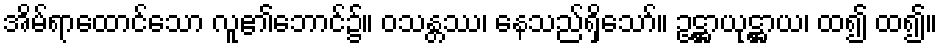
အိမ်ရာထောင်သော လူ၏ဘောင်၌။ ဝသန္တဿ၊ နေသည်ရှိသော်။ ဥဋ္ဌာယုဋ္ဌာယ၊ ထ၍ ထ၍။